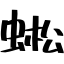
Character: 蜙